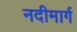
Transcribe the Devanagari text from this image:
नदीमार्ग